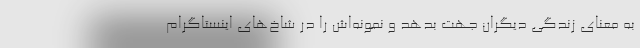
به معنای زندگی دیگران جهت بدهد و نمونه‌اش را در شاخ‌های اینستاگرام